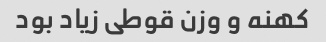
کهنه و وزن قوطی زیاد بود